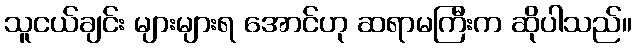
သူငယ်ချင်း များများရ အောင်ဟု ဆရာမကြီးက ဆိုပါသည်။